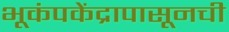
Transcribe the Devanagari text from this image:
भूकंपकेंद्रापासूनची